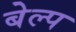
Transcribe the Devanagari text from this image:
बेल्प